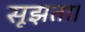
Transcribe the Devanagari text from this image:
सूझता।